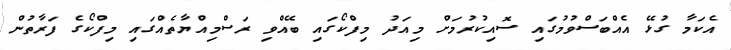
އެކަމާ ގުޅޭ އެއްބަސްވުމުގައި ސޮއިކުރުމަށް މިއަދު މިފްކޯގައި ބޭއްވި ރަސްމިއްޔާތެއްގައި މިފްކޯގެ ފަރާތުން